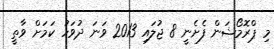
މި ޕްރޮމޯޝަން ފެށެނީ 8 ޖުލައި 2013 ވަނަ ދުވަހު ކަމަށް ވާތީ